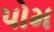
પોમ